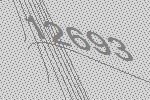
12693